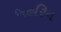
બહરિન